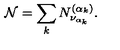
{ \mathcal N } = \sum _ { k } N _ { \nu _ { \alpha _ { k } } } ^ { ( \alpha _ { k } ) } .